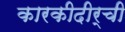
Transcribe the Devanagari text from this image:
कारकीदीर्ची